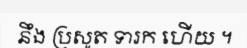
នឹង ប្រសូត ទារក ហើយ ។